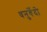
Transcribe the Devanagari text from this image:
धनुर्वेदो